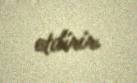
etdirir.